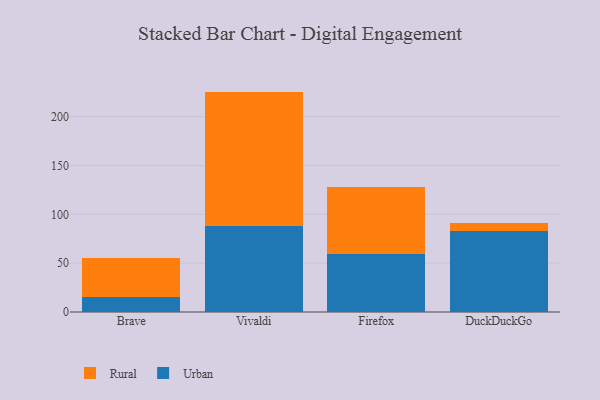
{"axis": {"x": "Browser", "y": "Temperature (°C)"}, "legend": ["Rural", "Urban"], "data": [{"x": "Brave", "y": 15.6, "type": "Urban"}, {"x": "Brave", "y": 40.1, "type": "Rural"}, {"x": "Vivaldi", "y": 87.7, "type": "Urban"}, {"x": "Vivaldi", "y": 138.0, "type": "Rural"}, {"x": "Firefox", "y": 59.4, "type": "Urban"}, {"x": "Firefox", "y": 69.0, "type": "Rural"}, {"x": "DuckDuckGo", "y": 83.3, "type": "Urban"}, {"x": "DuckDuckGo", "y": 7.4, "type": "Rural"}]}